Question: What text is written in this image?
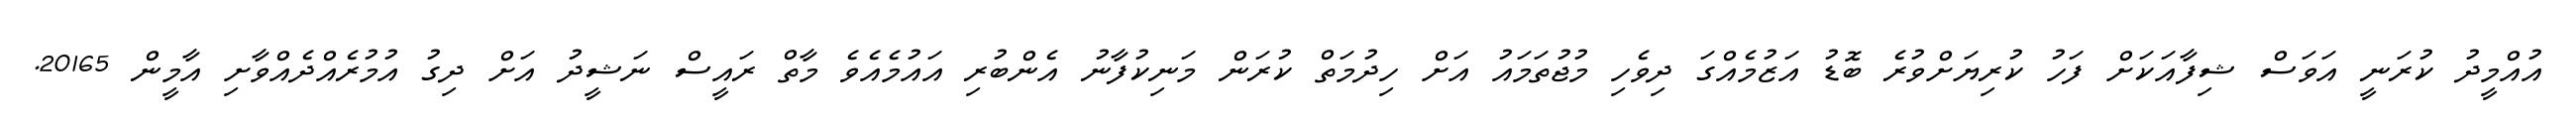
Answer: އުއްމީދު ކުރަނީ އަވަސް ޝިފާއަކަށް ފަހު ކުރިޔަށްވުރެ ބޮޑު އަޒުމެއްގަ ދިވެހި މުޖުތަމައު އަށް ހިދުމަތް ކުރަން މަނިކުފާނު އެންބުރި އައުމެއެވެ މާތް ރައީސް ނަޝީދު އަށް ދިގު އުމުރެއްދެއްވާށި އާމީން 20165.